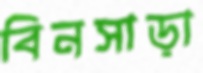
বিনসাড়া